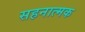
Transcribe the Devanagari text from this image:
सहनात्मक